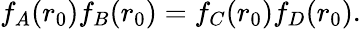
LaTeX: f_{A}(r_{0})f_{B}(r_{0})=f_{C}(r_{0})f_{D}(r_{0}).